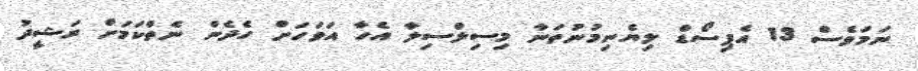
ނަމަވެސް 13 އެޕިސޯޑް ލިޔެނިމުނުތަނާ މިސިލްސިލާ އެހާ އަވަހަށް ހެދެން ނެތްކަމަށް ރަޝީދު